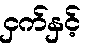
ငှက်နှင့်